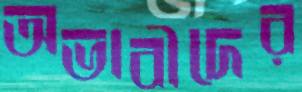
অভাবীদের